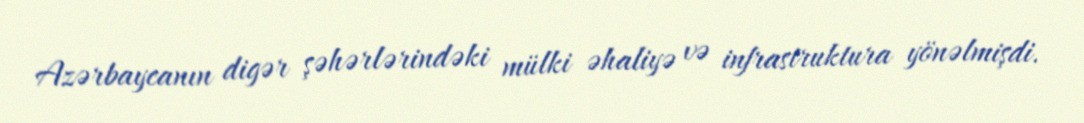
Azərbaycanın digər şəhərlərindəki mülki əhaliyə və infrastruktura yönəlmişdi.